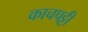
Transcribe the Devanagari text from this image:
काचपट्टी